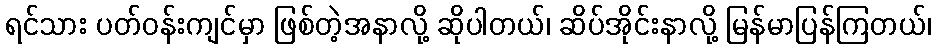
ရင်သား ပတ်ဝန်းကျင်မှာ ဖြစ်တဲ့အနာလို့ ဆိုပါတယ်၊ ဆိပ်အိုင်းနာလို့ မြန်မာပြန်ကြတယ်၊